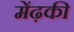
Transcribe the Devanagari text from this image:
मेंढ़की